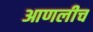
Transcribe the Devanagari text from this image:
आणलीच